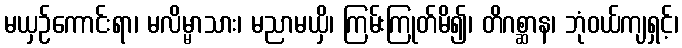
မယှဉ်ကောင်းရာ၊ မလိမ္မာသား၊ မညာမယှိ၊ ကြမ်းကြုတ်မိ၍၊ တိဂစ္ဆာန၊ ဘုံဝယ်ကျရှင့်၊